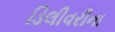
ડિલીવરીના